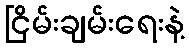
ငြိမ်းချမ်းရေးနဲ့